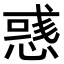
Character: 𢞿